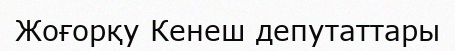
Жоғорқу Кенеш депутаттары